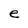
Character: e